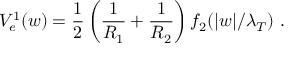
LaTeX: V _ { e } ^ { 1 } ( w ) = \frac { 1 } { 2 } \left( \frac { 1 } { R _ { 1 } } + \frac { 1 } { R _ { 2 } } \right) f _ { 2 } ( | w | / \lambda _ { T } ) ~ .